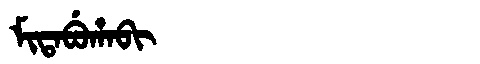
Manchu: ᠮᡳᡨᠠᠪᡠᡥᠠᠪᡳ
Romanization: MITABUHABI